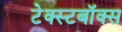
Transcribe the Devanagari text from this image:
टेक्स्टबॉक्स